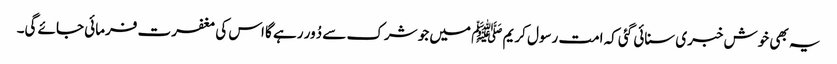
یہ بھی خوش خبری سنائی گئی کہ امت رسول کریم ﷺ میں جو شرک سے دُور رہے گا اس کی مغفرت فرمائی جائے گی۔